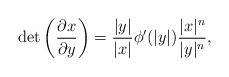
LaTeX: \begin{align*}\det\left(\frac{\partial x}{\partial y}\right)=\frac{|y|}{|x|}\phi'(|y|)\frac{|x|^n}{|y|^n},\end{align*}